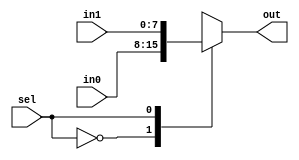
module mux2_8(sel, in0, in1, out);
  input        sel;
  input  [7:0] in0, in1;
  output [7:0] out;
  reg    [7:0] out;
  always @(sel or in0 or in1)
    case(sel)
     1'd0:  out = in0;
     1'd1:  out = in1;
    endcase
endmodule